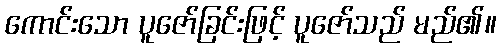
ကောင်းသော ပူဇော်ခြင်းဖြင့် ပူဇော်သည် မည်၏။